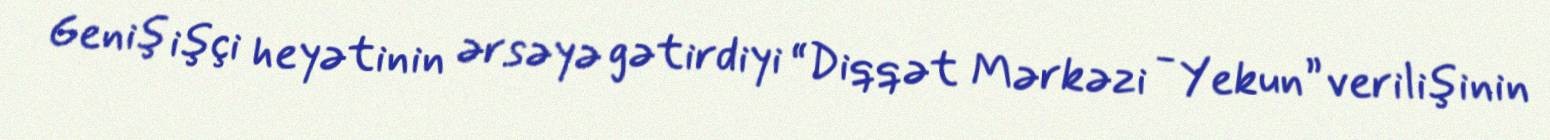
Geniş işçi heyətinin ərsəyə gətirdiyi “Diqqət Mərkəzi - Yekun” verilişinin